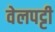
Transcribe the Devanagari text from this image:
वेलपट्टी